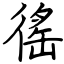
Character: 徭